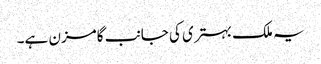
یہ ملک بہتری کی جانب گامزن ہے۔